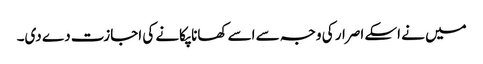
میں نے اسکے اصرار کی وجہ سے اسے کھانا پکانے کی اجازت دے دی۔